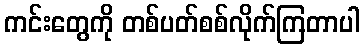
ကင်းတွေကို တစ်ပတ်စစ်လိုက်ကြတာပါ